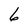
Character: 6